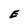
Character: E